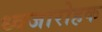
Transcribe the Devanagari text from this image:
ध्वजारोहक